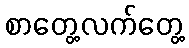
စာတွေ့လက်တွေ့